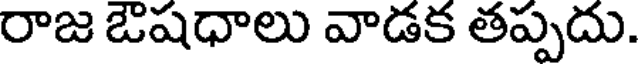
రాజ ఔషధాలు వాడక తప్పదు.